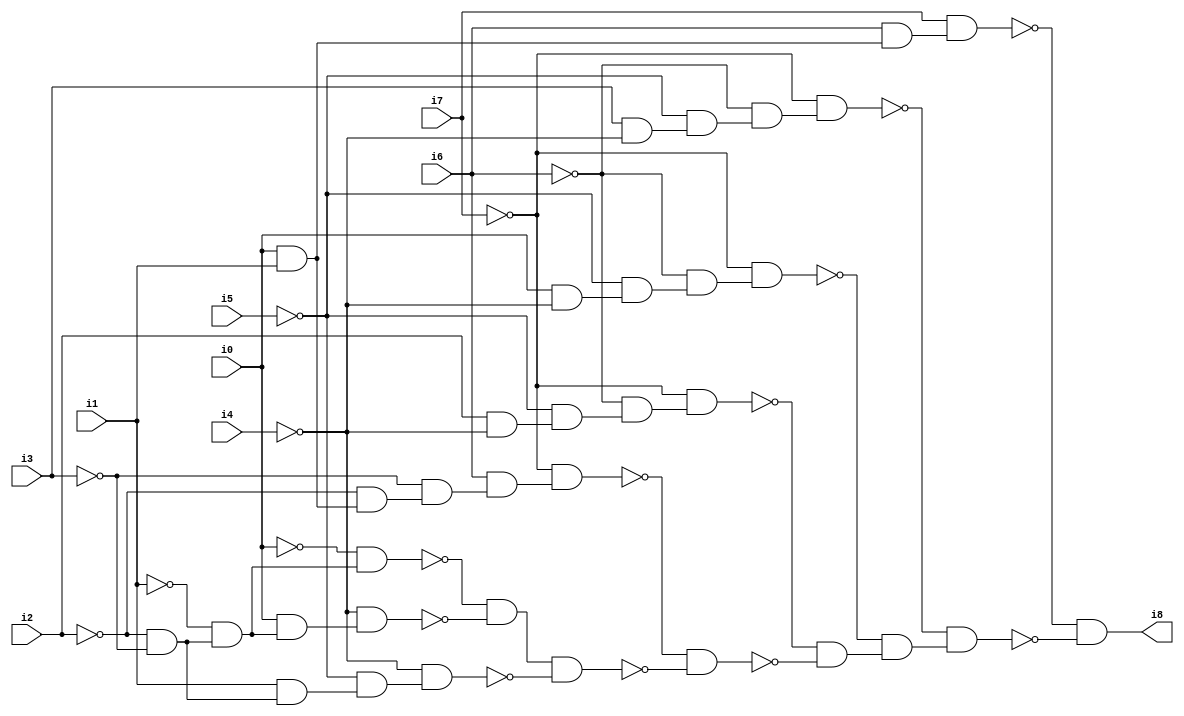
// Benchmark "SKOLEMFORMULA" written by ABC on Mon May  4 15:54:04 2020

module SKOLEMFORMULA ( 
    i0, i1, i2, i3, i4, i5, i6, i7,
    i8  );
  input  i0, i1, i2, i3, i4, i5, i6, i7;
  output i8;
  wire n10, n11, n12, n13, n14, n15, n16, n17, n18, n19, n20, n21, n22, n23,
    n24, n25, n26, n27, n28, n29, n30, n31, n32, n33, n34, n35, n36, n37,
    n38, n39, n40, n41, n42;
  assign n10 = i0 & i1;
  assign n11 = ~i2 & n10;
  assign n12 = ~i3 & n11;
  assign n13 = i6 & n12;
  assign n14 = ~i7 & n13;
  assign n15 = i2 & ~i4;
  assign n16 = ~i5 & n15;
  assign n17 = ~i6 & n16;
  assign n18 = ~i7 & n17;
  assign n19 = i0 & ~i4;
  assign n20 = ~i5 & n19;
  assign n21 = ~i6 & n20;
  assign n22 = ~i7 & n21;
  assign n23 = i3 & ~i4;
  assign n24 = ~i5 & n23;
  assign n25 = ~i6 & n24;
  assign n26 = ~i7 & n25;
  assign n27 = i6 & n10;
  assign n28 = i7 & n27;
  assign n29 = ~i2 & ~i3;
  assign n30 = ~i1 & n29;
  assign n31 = ~i0 & n30;
  assign n32 = i0 & n30;
  assign n33 = ~i4 & n32;
  assign n34 = ~n31 & ~n33;
  assign n35 = i1 & n29;
  assign n36 = ~i5 & n35;
  assign n37 = ~i4 & n36;
  assign n38 = n34 & ~n37;
  assign n39 = ~n14 & ~n38;
  assign n40 = ~n18 & ~n39;
  assign n41 = ~n22 & n40;
  assign n42 = ~n26 & n41;
  assign i8 = ~n28 & ~n42;
endmodule